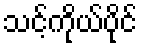
သင့်ကိုယ်ပိုင်